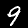
Digit: 9